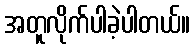
အတူလိုက်ပါခဲ့ပါတယ်။